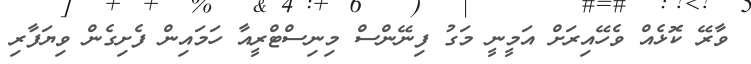
ވާރޭ ކޮޅެއް ވެހޭއިރަށް އަމީނީ މަގު ފިނޭންސް މިނިސްޓްރީއާ ހަމައިން ފެށިގެން ވިޔަފާރި